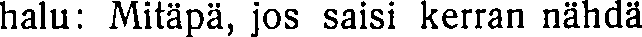
halu: Mitäpä, jos saisi kerran nähdä